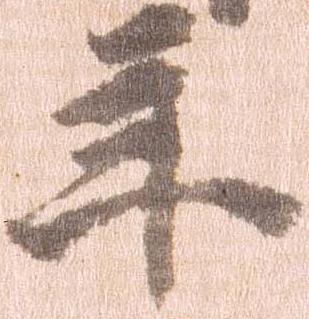
年